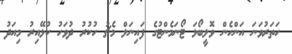
ހަތަރުވަނަ އަންހެން ވޮލީބޯޅަ ޓޯނަމެންޓުގެ ފައިނަލް މެޗު ހުކުރު ދުވަހު ކުޅޭއިރު މިއަދު